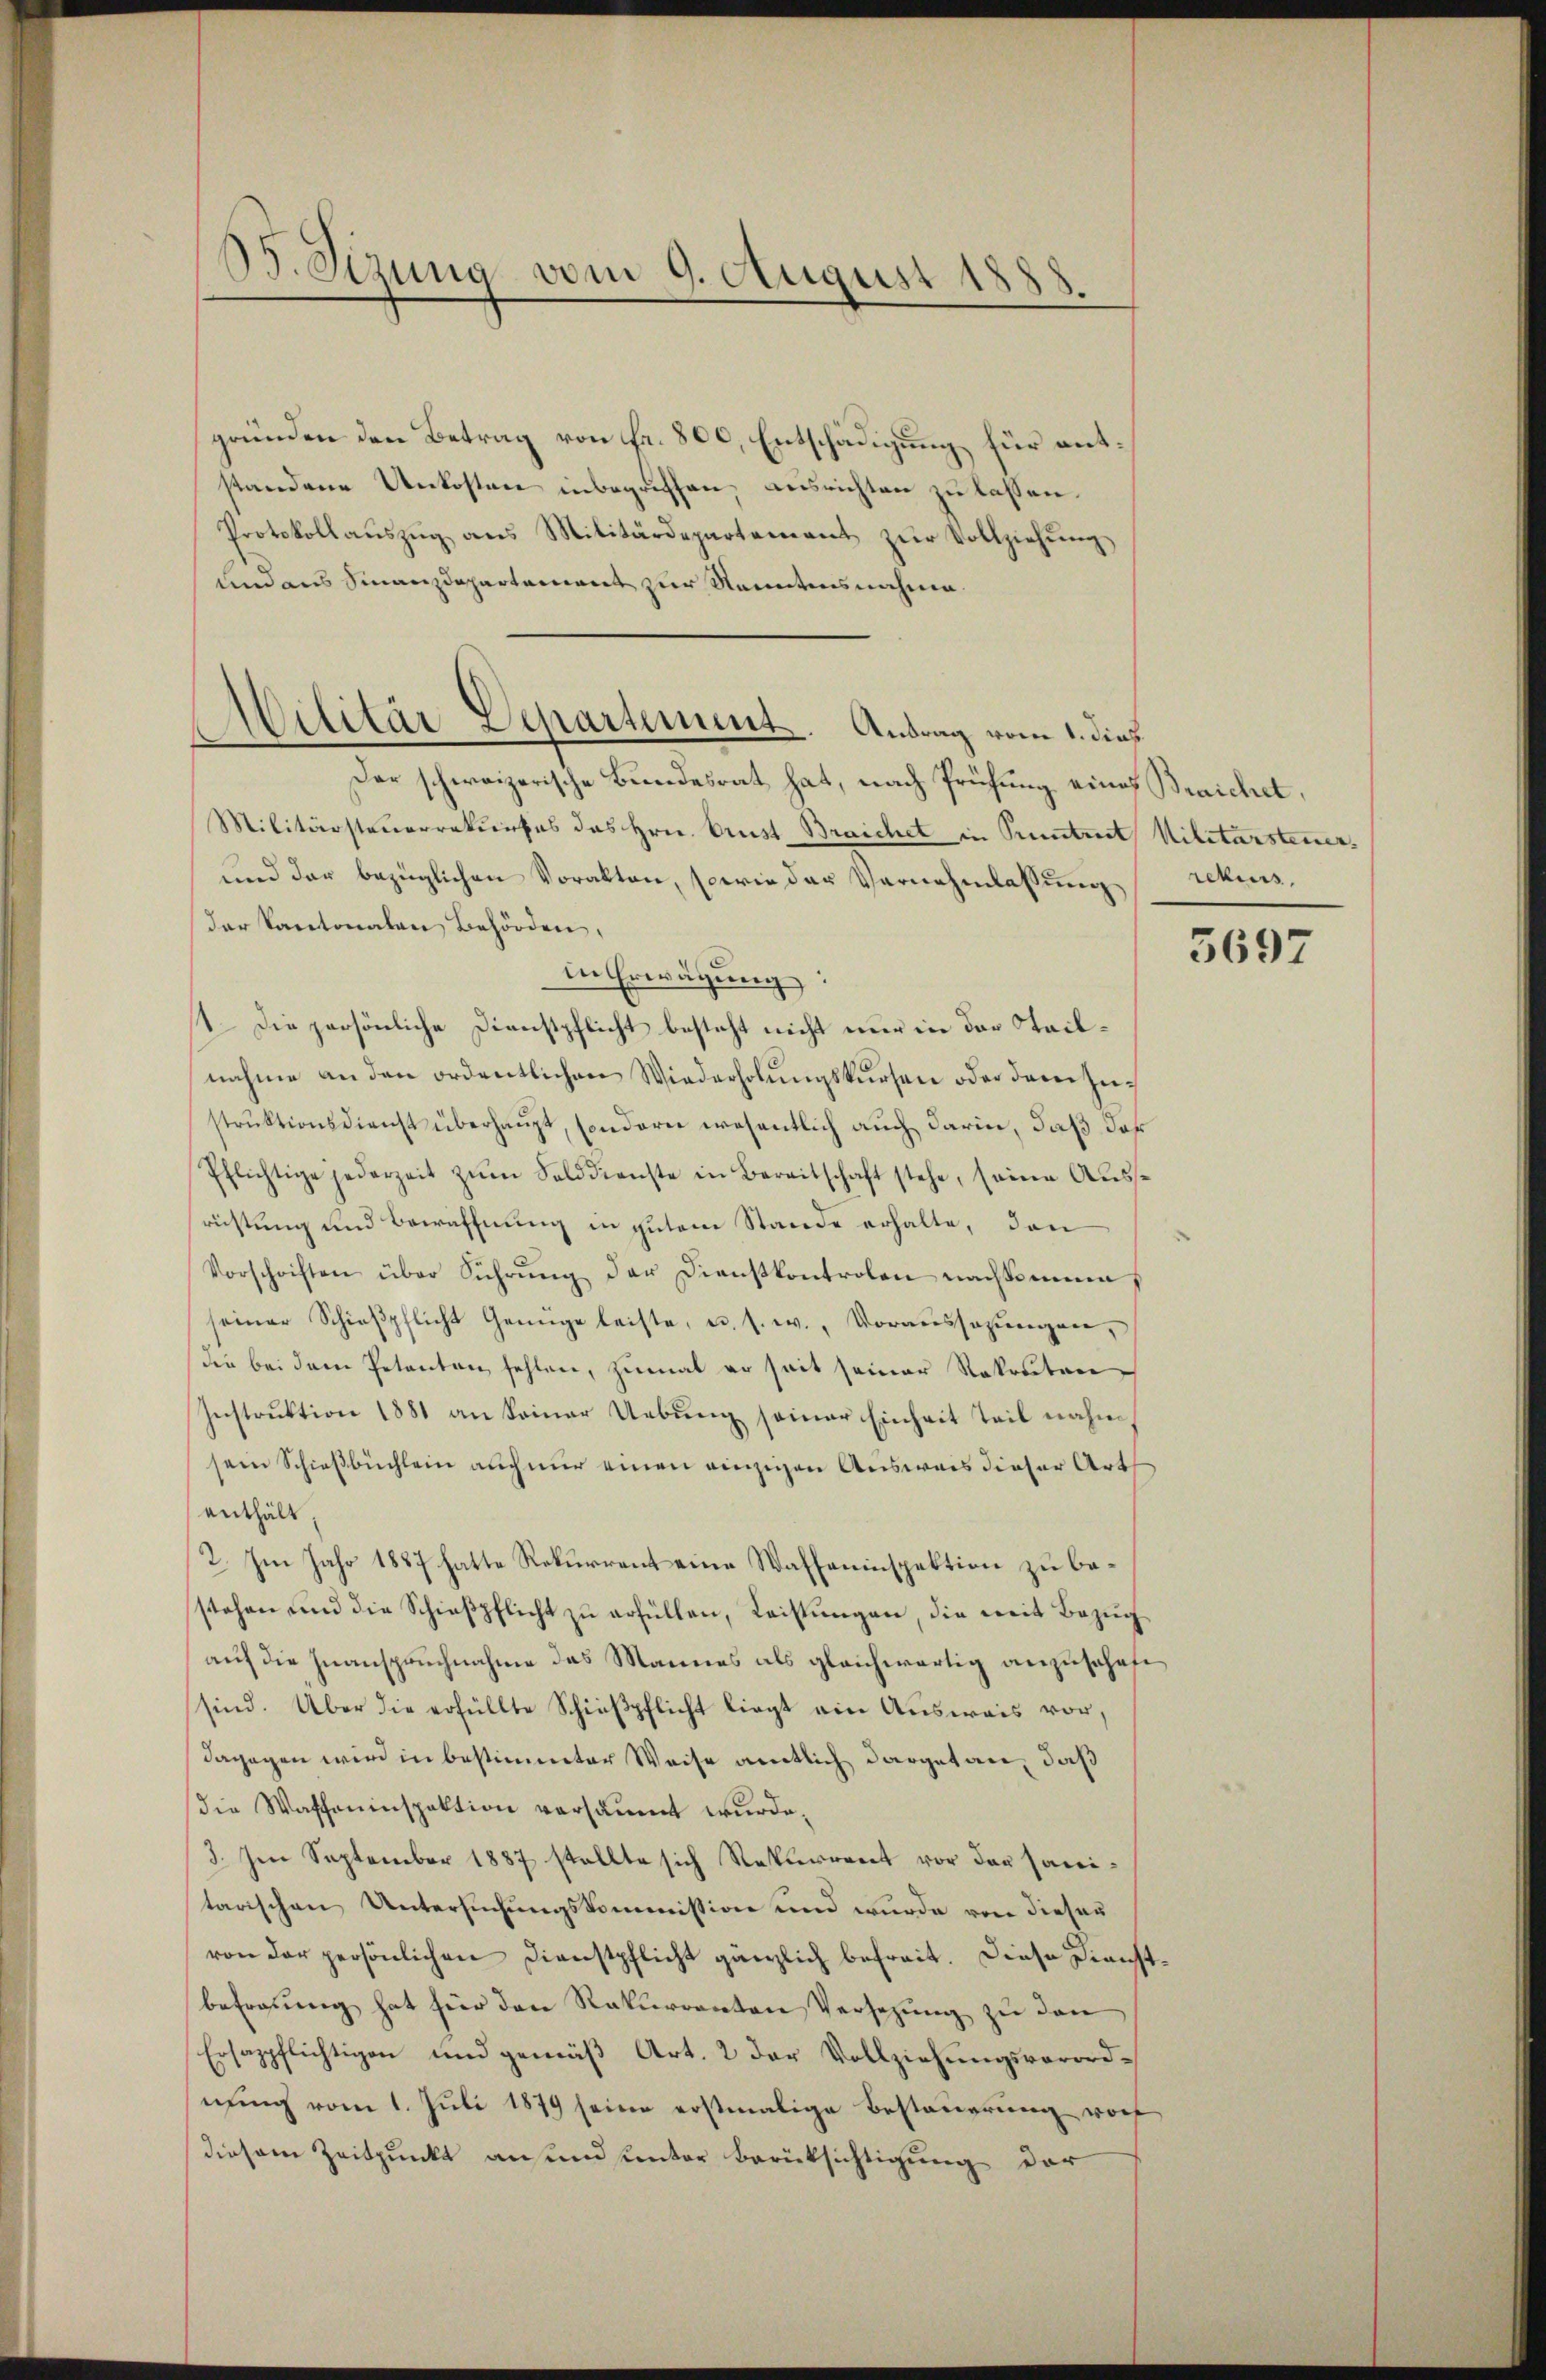
B. Sizung vom 9. August 18

gründen den Betrag von Fr. 800, Entschädigung für entstandene Unkosten inbegriffen, ausrichten zu lassen.
Protokollaŭszŭg ans Militärdepartement zŭr Vollziehŭng
und aus Finanzdepartement zur Kenntnisnahme.
Der schweizerische Bundesrat hat, nach Prüfung eines Braichet,
Militärsteuerrekurses das Hrn. Prust Braichet in Pruntreet Militärsteuer¬
und der bezüglichen Vorakten, sowie der Vernehmlassung rekurs,
der Kantonalen Behörden,
in Erwägung:
1. Die persönliche Dienstpflicht besteht nicht nur in der Teilnahme an den ordentlichen Wiederholungskursen oder dem Zustrŭktionsdienst überhaŭpt, sondern wesentlich aŭch darin, daß das
Pflichtige jederzeit zŭm Solddienste in Bereitschaft stehe, seine Aŭss-
richtung und Bewaffnung in gutem Stande erhalte, den
Vorschriften über Führŭng der Dienstkontrolen nachkomme
seiner Schieβpflicht Genüge leiste, u. s. w., Voraussagungen,
die bei dem Petenten fehlen, zumal er seit seiner Rekruten
Instruktion 1881 an keiner Uebung seiner Einheit teil nähmsein Schießbüchlein auch nur einen einzigen Ausweis dieser Art
enthält,
2. Im Jahr 1887 hatte Rekurrent eine Waffeninspektion zu bestehen und die Schieβpflicht zŭ erfüllen, Leistungen, die weit Bezug
auf die Inanspruchnahme des Mannes als gleichwärtig anzuschaft
sind. Über die erfüllte Schießpflicht liegt ein Ausweis vor,
dagegen wird in bestimmter Weise amtlich dargetan, daß
die Waffeninspektion versäumt wurde.
3. Im September 1887 stellte sich Rekurrent vor der sanitarischen Untersuchungskommission und wurde von dieser
von der persönlichen Dienstpflicht gänzlich befreit. Diese Dienstbefragung hat für den Rekurrenten Versezung zu den
Ersappflichtigen und gemäß Art. 2 der Vollziehungsverordnung vom 1. Juli 1879 seine erstmalige Besteuerung vorf
diesem Zeitpunkt an und unter Berücksichtigung der

Militär Departement. Antrag vom 1. dieß

5697